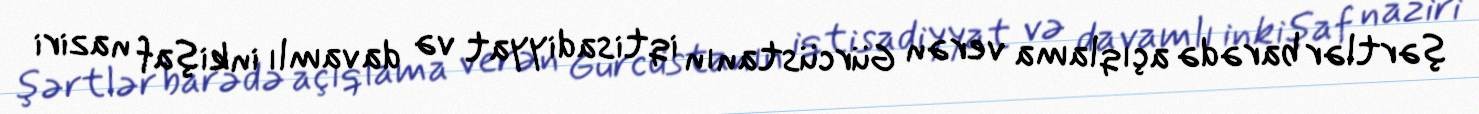
şərtlər barədə açıqlama verən Gürcüstanın iqtisadiyyat və davamlı inkişaf naziri